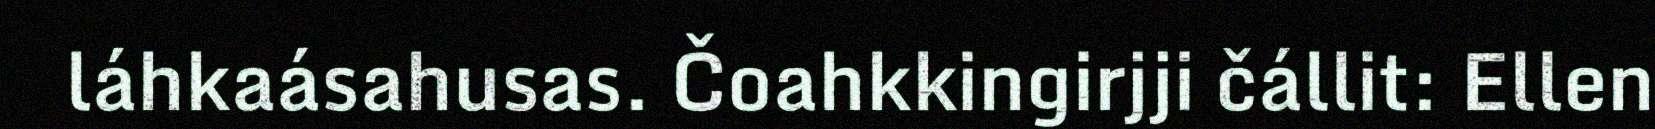
láhkaásahusas. Čoahkkingirjji čállit: Ellen